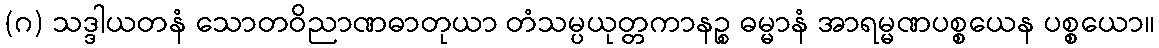
(ဂ) သဒ္ဒါယတနံ သောတဝိညာဏဓာတုယာ တံသမ္ပယုတ္တကာနဉ္စ ဓမ္မာနံ အာရမ္မဏပစ္စယေန ပစ္စယော။